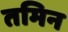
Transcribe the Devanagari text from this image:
तमिन